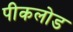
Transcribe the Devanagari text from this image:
पीकलोड